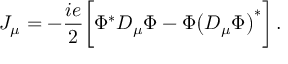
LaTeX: J _ { \mu } = - { \frac { i e } { 2 } } \bigg [ \Phi ^ { \ast } D _ { \mu } \Phi - \Phi \big ( D _ { \mu } \Phi \big ) ^ { \ast } \bigg ] \, .